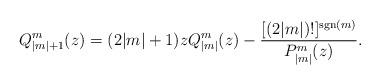
LaTeX: \begin{align*}Q_{|m|+1}^m(z)=(2|m|+1)zQ_{|m|}^m(z)-\frac{[(2|m|)!]^{\mathrm{sgn}(m)}}{P_{|m|}^m(z)}.\end{align*}